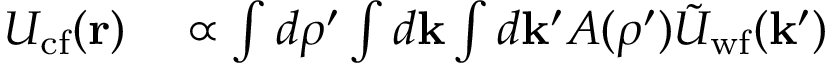
\begin{array} { r l } { U _ { \mathrm { c f } } ( \mathbf { r } ) } & { { } \propto \int d \boldsymbol { \rho } ^ { \prime } \int d \mathbf { k } \int d \mathbf { k } ^ { \prime } A ( \boldsymbol { \rho } ^ { \prime } ) \tilde { U } _ { \mathrm { w f } } ( \mathbf { k } ^ { \prime } ) } \end{array}